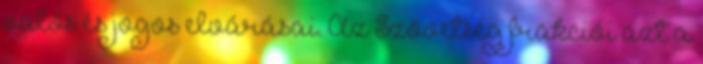
valós és jogos elvárásai. Az Szövetség frakciói azt a